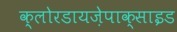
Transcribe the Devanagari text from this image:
क्लोरडायज़ेपाक्साइड